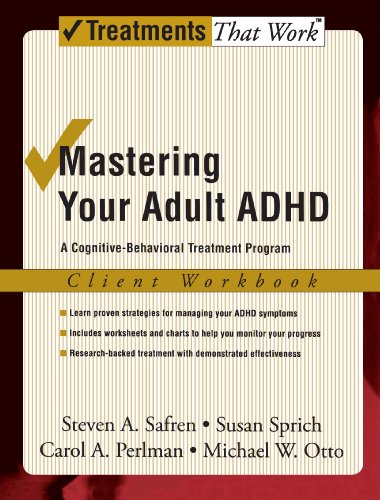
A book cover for Mastering Your Adult ADHD: A Cognitive-Behavioral Treatment Program Client Workbook (Treatments That Work); Steven A. Safren; Parenting & Relationships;